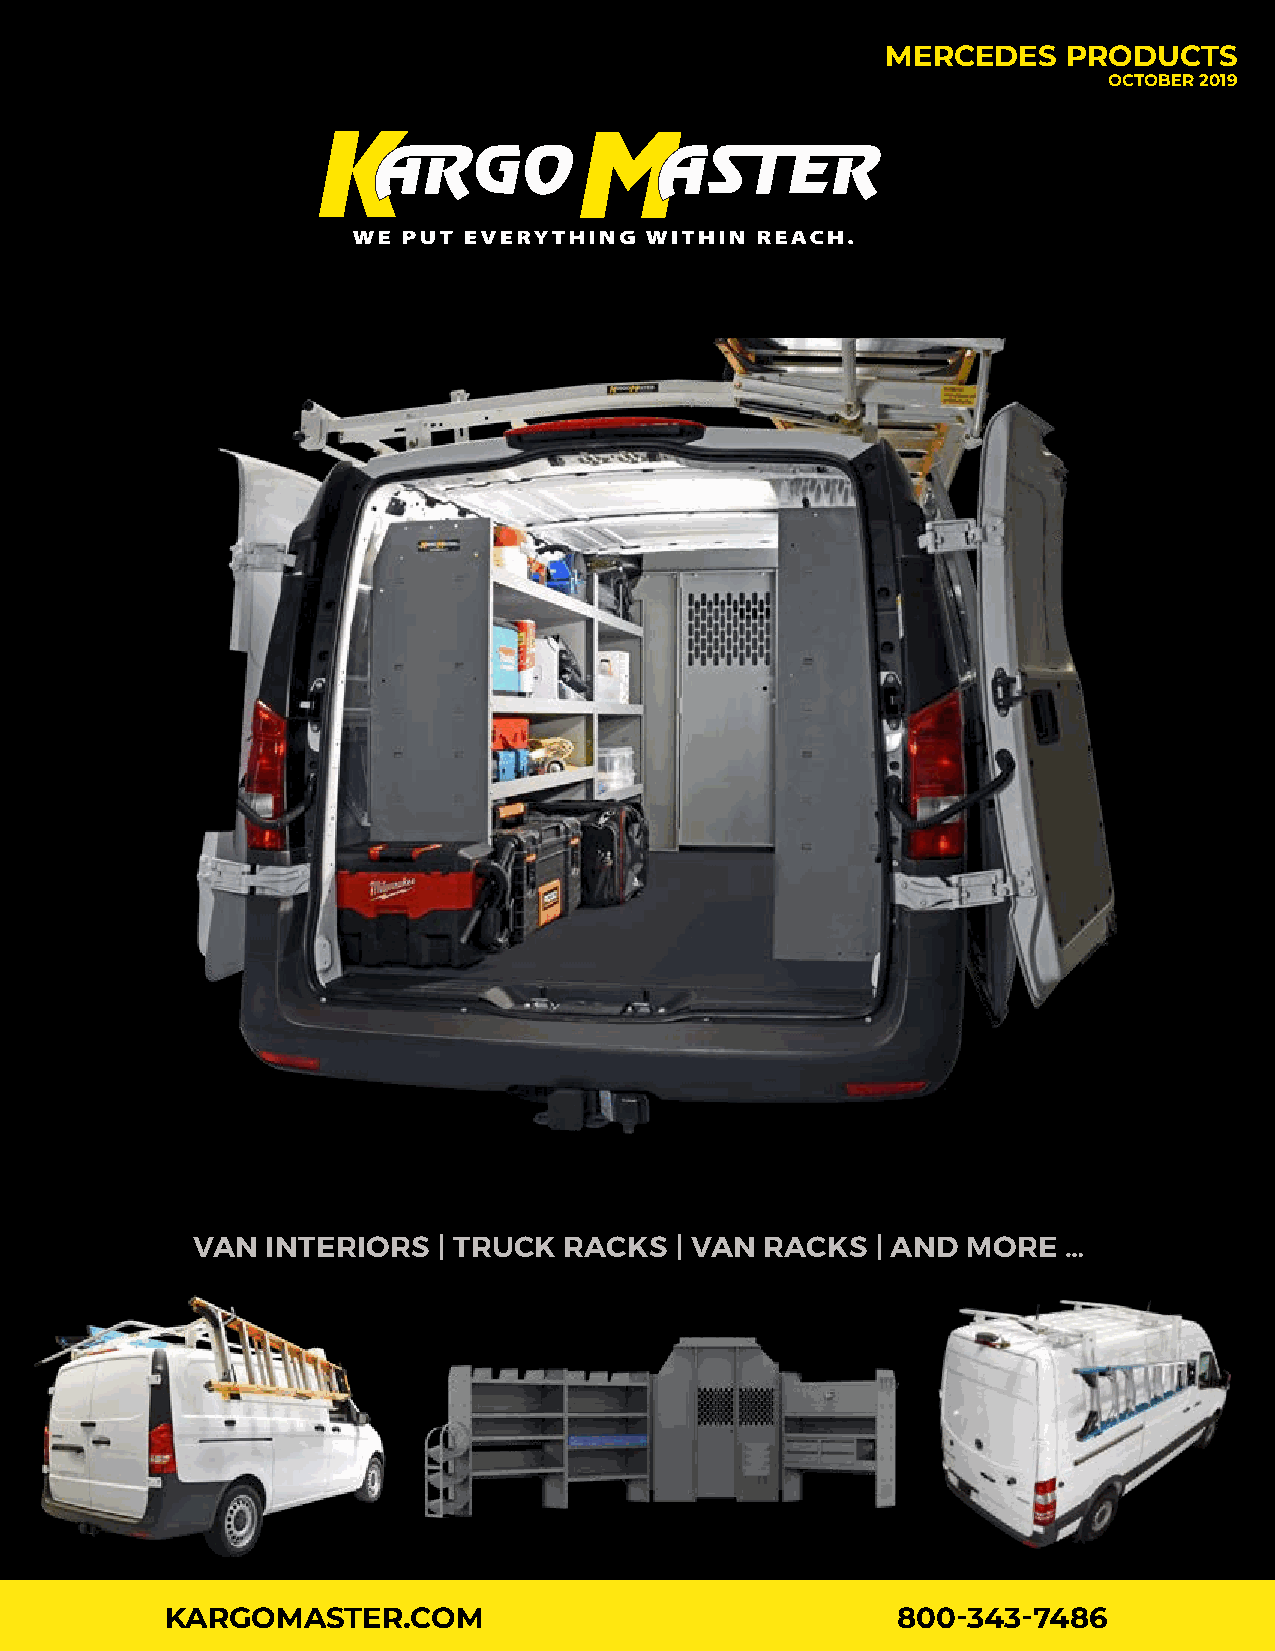
MERCEDES    PRODUCTS
 OCTOBER 2019
 VAN  INTERIORS  | TRUCK RACKS   | VAN RACKS  | AND MORE  …
 KARGOMASTER.COM                                 800-343-7486